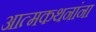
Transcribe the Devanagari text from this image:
आत्मकथनांना